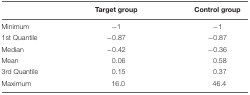
|  | Target group | Control group |
 | --- | --- | --- |
 | Minimum | -1 | -1 |
 | 1st Quantile | -0.87 | -0.87 |
 | Median | -0.42 | -0.36 |
 | Mean | 0.06 | 0.58 |
 | 3rd Quantile | 0.15 | 0.37 |
 | Maximum | 16.0 | 46.4 |